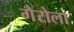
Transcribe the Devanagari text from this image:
गैरोला